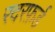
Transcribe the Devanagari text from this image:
रदरफ़र्ड